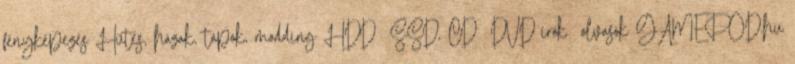
fényképezés Hűtés, házak, tápok, modding HDD SSD, CD DVD írók olvasók GAMEPOD.hu